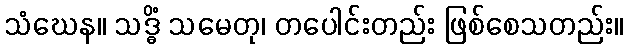
သံဃေန။ သဒ္ဓိံ သမေတု၊ တပေါင်းတည်း ဖြစ်စေသတည်း။